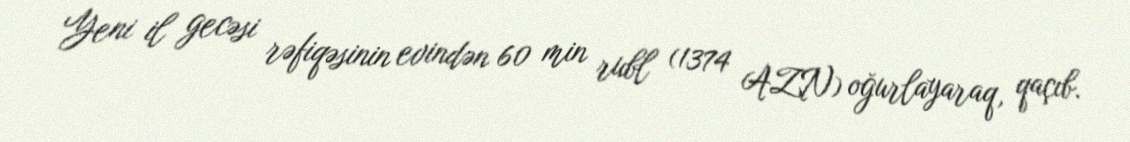
Yeni il gecəsi rəfiqəsinin evindən 60 min rubl (1374 AZN) oğurlayaraq, qaçıb.